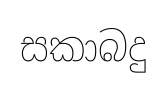
සකාබදු